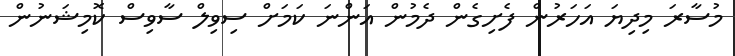
މުސާރަ މިދިޔަ އަހަރުން ފެށިގެން ދެމުން އަންނަ ކަމަށް ސިވިލް ސާވިސް ކޮމިޝަނުން